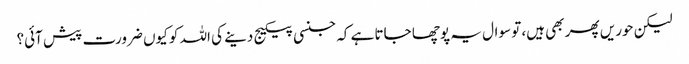
لیکن حوریں پھر بھی ہیں، تو سوال یہ پوچھا جاتا ہے کہ جنسی پیکیج دینے کی اللہ کو کیوں ضرورت پیش آئی؟